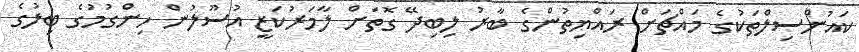
ކައުންސިލްތަކުގެ މައްޗަށް ރައްޔިތުންގެ ބާރު ލިބިދޭ ގޮތަށް ލާމަރުކަޒީ އުސޫލުން ހިންގުމުގެ ބިލުގެ